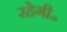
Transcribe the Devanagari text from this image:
रहेगी॰